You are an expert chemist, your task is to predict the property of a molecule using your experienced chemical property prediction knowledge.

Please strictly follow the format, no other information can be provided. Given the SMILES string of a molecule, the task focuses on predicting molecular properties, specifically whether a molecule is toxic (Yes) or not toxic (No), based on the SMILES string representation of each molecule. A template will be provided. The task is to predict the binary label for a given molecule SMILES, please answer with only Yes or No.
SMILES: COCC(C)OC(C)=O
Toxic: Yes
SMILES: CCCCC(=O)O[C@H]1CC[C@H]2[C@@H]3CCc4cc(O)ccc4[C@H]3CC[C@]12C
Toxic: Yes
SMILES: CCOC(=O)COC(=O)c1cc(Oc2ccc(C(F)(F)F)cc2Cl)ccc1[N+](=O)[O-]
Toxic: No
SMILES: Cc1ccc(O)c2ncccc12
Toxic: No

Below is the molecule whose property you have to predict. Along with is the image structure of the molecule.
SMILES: CCCCCCCCCCC=CC1CC(=O)OC1=O
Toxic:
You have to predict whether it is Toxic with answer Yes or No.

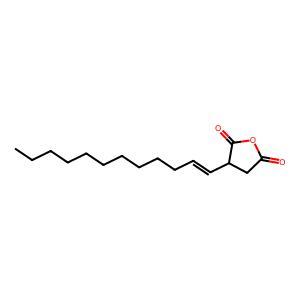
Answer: No